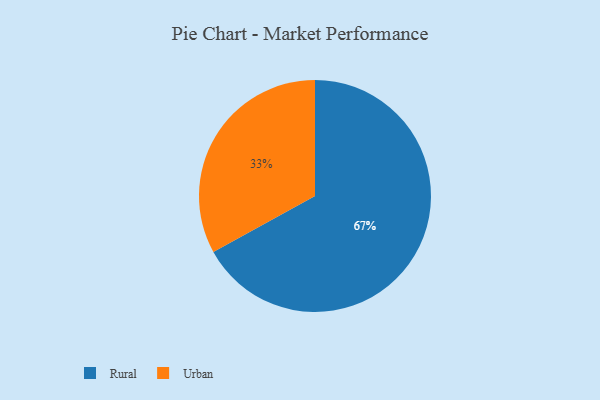
{"axis": {"x": "Category", "y": "Percentage"}, "legend": ["Rural", "Urban"], "data": [{"x": "Rural", "y": 67, "type": "Rural"}, {"x": "Urban", "y": 33, "type": "Urban"}]}